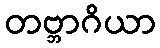
တဗ္ဘာဂိယာ